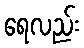
ရေလည်း